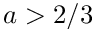
a > 2 / 3